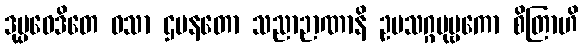
ဒုပ္ပဝေဒိတေ ဝသာ ဌပနတော သညာဉာဏာနိ ဥပသဂ္ဂပုဗ္ဗကော စိတြာဟိ